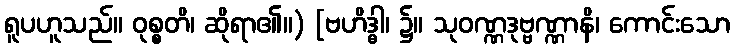
ရူပဟူသည်။ ဝုစ္စတိ၊ ဆိုရာ၏။) [ဗဟိဒ္ဓါ၊ ၌။ သုဝဏ္ဏဒုဗ္ဗဏ္ဏာနိ၊ ကောင်းသော